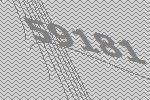
59181